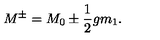
M ^ { \pm } = M _ { 0 } \pm { \frac { 1 } { 2 } } g m _ { 1 } .